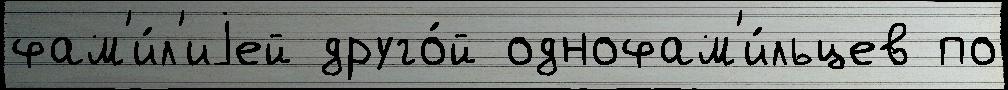
фам'и́л'иjей друго́й однофам'и́льцев по